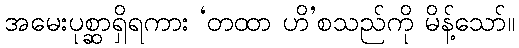
အမေးပုစ္ဆာရှိရကား ‘တထာ ဟိ’စသည်ကို မိန့်သော်။